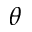
\theta